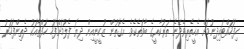
ހިފަހައްޓައިދިނުމަށް އެހީތެރިވެދޭނެ ތަރުކާރީގެ ބާވަތެކެވެ. އެގޮތުން ޒުކީނީއިން ދިޔަ ފެލުމަށްފަހު ހަފްތާއަކު ދެތިންފަހަރު